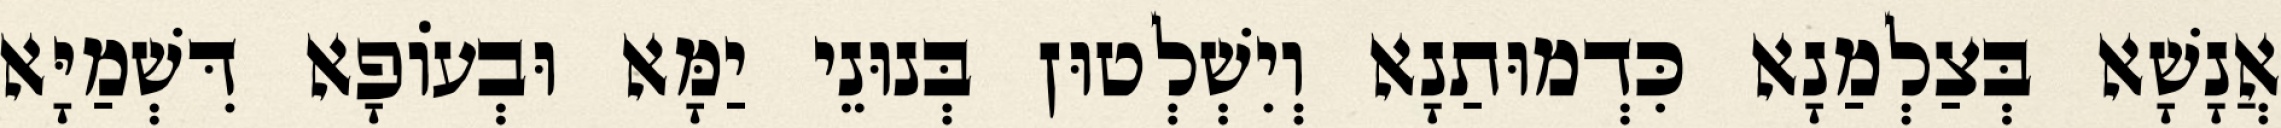
אֲנָשָׁא בְּצַלְמַנָא כִּדְמוּתַנָא וְיִשְׁלְטוּן בְּנוּנֵי יַמָּא וּבְעוֹפָא דִּשְׁמַיָּא